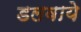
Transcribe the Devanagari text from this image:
डलवाये